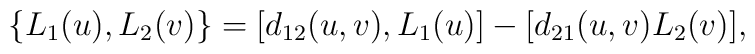
\{L_1(u), L_2(v)\} = [d_{12}(u,v),L_1(u)]-[d_{21}(u,v)L_2(v)],